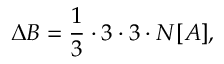
\Delta B = \frac { 1 } { 3 } \cdot 3 \cdot 3 \cdot N [ A ] ,